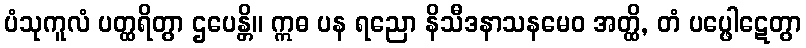
ပံသုကူလံ ပတ္ထရိတွာ ဌပေန္တိ။ ဣဓ ပန ရညော နိသီဒနာသနမေဝ အတ္ထိ, တံ ပပ္ဖေါဋေတွာ